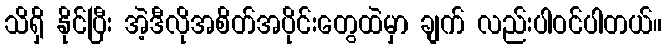
သိရှိ နိုင်ပြီး အဲ့ဒီလိုအစိတ်အပိုင်းတွေထဲမှာ ချက် လည်းပါဝင်ပါတယ်။